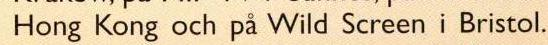
Hong Kong och på Wild Screen i Bristol.